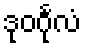
ဒုဝင်္ဂုလံ